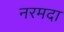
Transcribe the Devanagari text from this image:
नरमदा